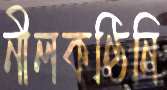
নীলকণ্ঠিনি